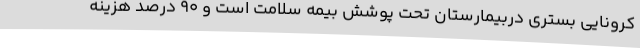
کرونایی بستری دربیمارستان تحت پوشش بیمه سلامت است و 90 درصد هزینه